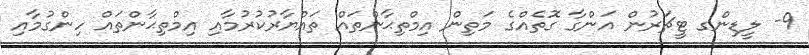
9- ލީޑިންގ ޓީޗަރުން އަންގާ ގޮތެއްގެ މަތިން އިމްތިޙާންތައް ތައްޔާރުކުރުމާއި އިމްތިޙާންތައް ހިންގުމާއި